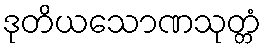
ဒုတိယသောဏသုတ္တံ